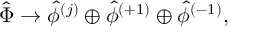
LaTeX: { \hat { \Phi } } \rightarrow { \hat { \phi } } ^ { ( j ) } \oplus { \hat { \phi } } ^ { ( + 1 ) } \oplus { \hat { \phi } } ^ { ( - 1 ) } ,